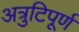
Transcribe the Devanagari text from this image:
अत्रुटिपूर्ण